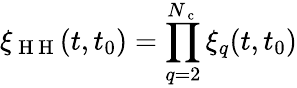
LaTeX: \xi_{\mathrm{~H~H~}}(t,t_{0})=\prod_{q=2}^{N_{\mathrm{~c~}}}\xi_{q}(t,t_{0})